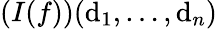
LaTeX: (I(f))(\mathrm{d}_{1},\ldots,\mathrm{d}_{n})